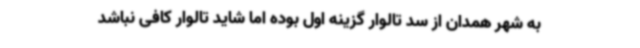
به شهر همدان از سد تالوار گزینه اول بوده اما شاید تالوار کافی نباشد